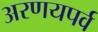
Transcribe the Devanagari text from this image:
अरणयपर्व